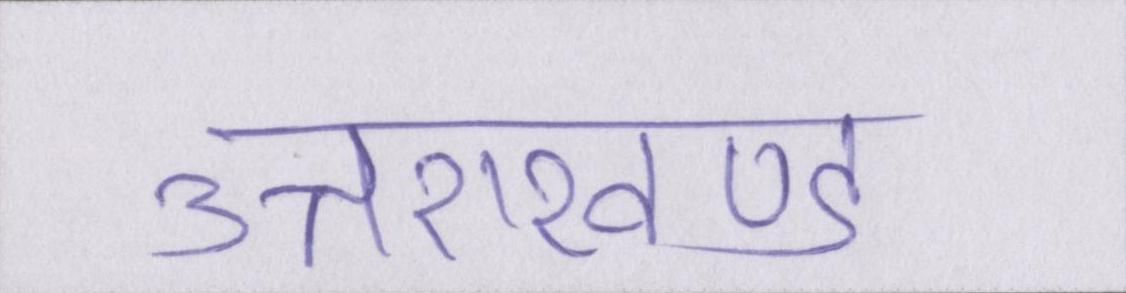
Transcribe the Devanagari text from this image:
उत्तराखण्ड